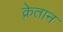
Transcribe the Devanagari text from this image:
क्रेतान